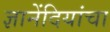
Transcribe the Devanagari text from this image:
ज्ञानेंदियांचा